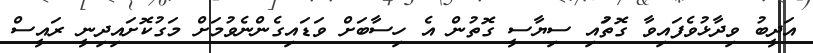
އަދީބު ވިދާޅުވެފައިވާ ގޮތުައި ސިޔާސީ ގޮތުން އެ ހިސާބަށް ވަޑައިގެންނެވުމަށް މަގުކޮށައިދިނީ ރައީސް